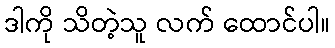
ဒါကို သိတဲ့သူ လက် ထောင်ပါ။